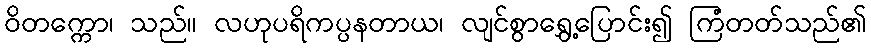
ဝိတက္ကော၊ သည်။ လဟုပရိကပ္ပနတာယ၊ လျင်စွာရွှေ့ပြောင်း၍ ကြံတတ်သည်၏